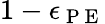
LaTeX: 1-\epsilon_{\mathrm{~P~E~}}